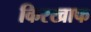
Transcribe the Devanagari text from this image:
किरखाफ